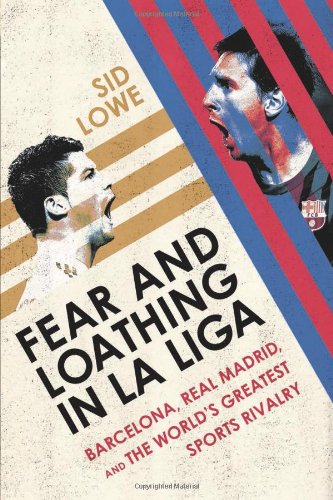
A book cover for Fear and Loathing in La Liga: Barcelona, Real Madrid, and the World's Greatest Sports Rivalry; Sid Lowe; Sports & Outdoors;